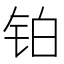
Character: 铂